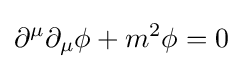
\partial ^{\mu }\partial _{\mu }\phi +m^{2}\phi =0